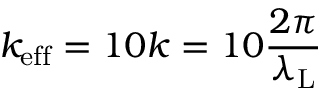
k _ { \mathrm { e f f } } = 1 0 k = 1 0 \frac { 2 \pi } { \lambda _ { \mathrm { L } } }